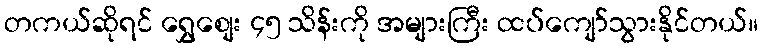
တကယ်ဆိုရင် ရွှေစျေး ၄၅ သိန်းကို အများကြီး ထပ်ကျော်သွားနိုင်တယ်။